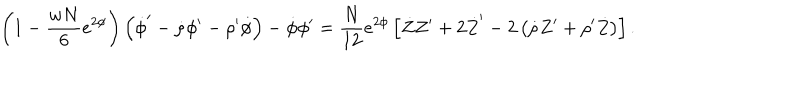
\left( 1 - \frac { w N } { 6 } e ^ { 2 \phi } \right) \left( \dot { \phi } ^ { \prime } - \dot { \rho } \phi ^ { \prime } - \rho ^ { \prime } \dot { \phi } \right) - \dot { \phi } \phi ^ { \prime } = \frac { N } { 1 2 } e ^ { 2 \phi } \left[ \dot { Z } Z ^ { \prime } + 2 \dot { Z } ^ { \prime } - 2 \left( \dot { \rho } Z ^ { \prime } + \rho ^ { \prime } \dot { Z } \right) \right] .